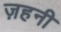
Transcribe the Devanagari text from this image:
ज़हनी